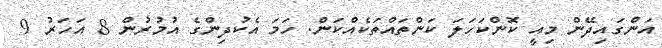
އަންގައިދޭން މިއީ ކޮންކަހަލަ ކަންތައްތަކެއްކަން. ހަމަ އެކުދިންގެ އުމުރުން 8 އަހަރު 9